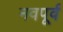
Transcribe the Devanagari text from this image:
नवपूर्व